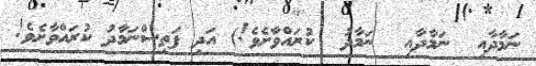
ނަމާދާއި  ނަމާދާއި  ނަމާދު  ކުރައްވާށެވެ!) އަދި ފަތިސްނަމާދު ކުރައްވާށެވެ!